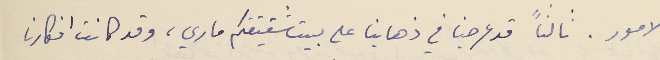
الامور. ثألثاً قد عرجنا في ذهابنا على بيت شقيقتكم ماري، وقد كانت افكارنا